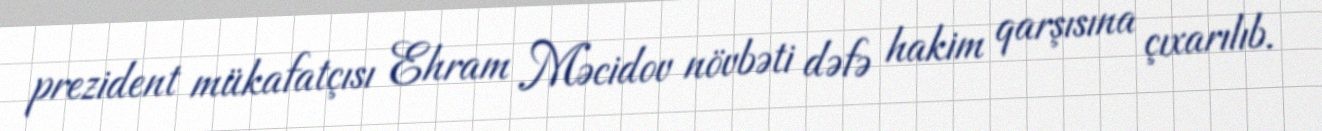
prezident mükafatçısı Ehram Məcidov növbəti dəfə hakim qarşısına çıxarılıb.